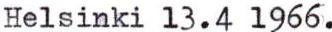
Helsinki 13.4 1966.